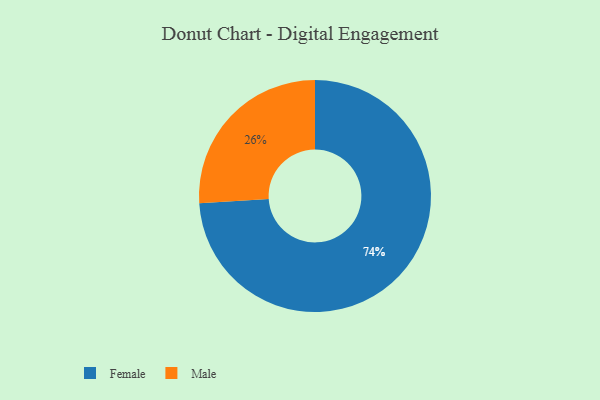
{"axis": {"x": "Category", "y": "Percentage"}, "legend": ["Female", "Male"], "data": [{"x": "Male", "y": 26, "type": "Male"}, {"x": "Female", "y": 74, "type": "Female"}]}